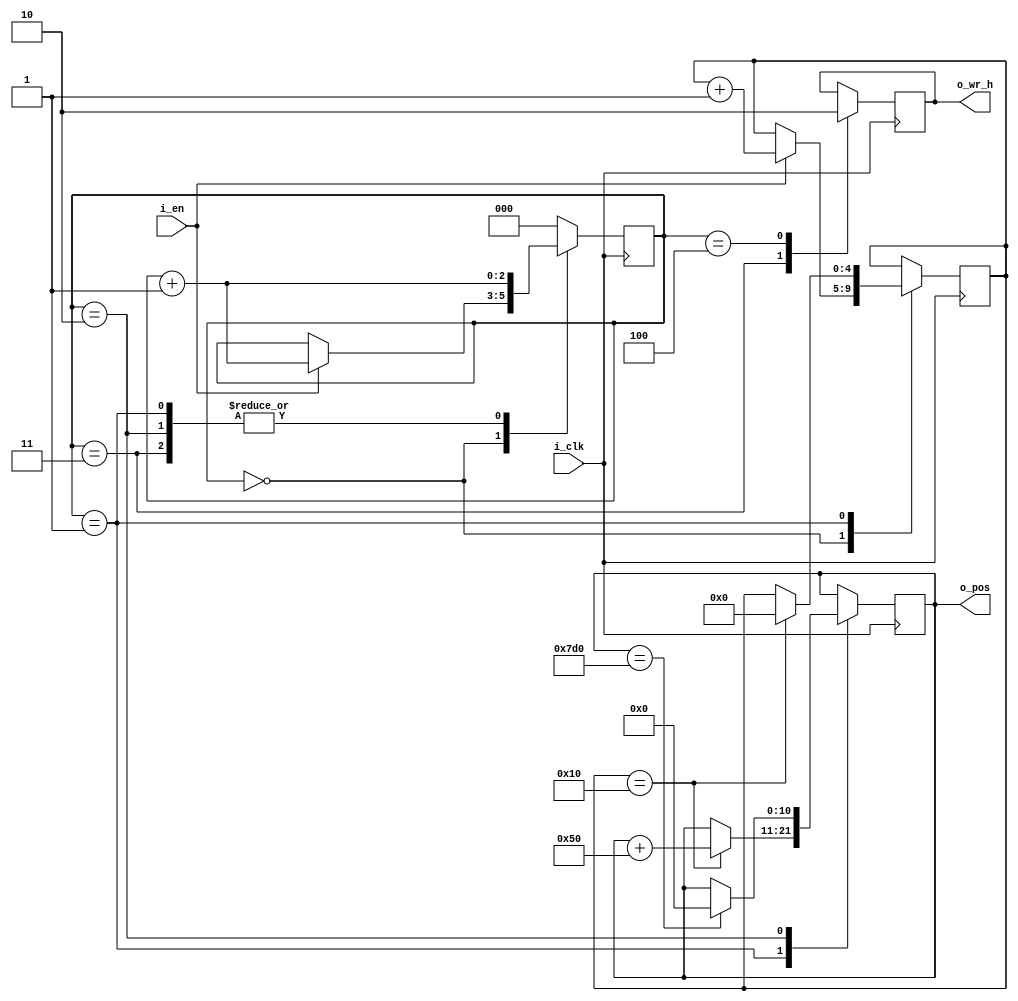
module vga_avt_read_vram 
#(
    parameter RES_X_MAX = 8'd80,
    parameter RES_Y_MAX = 8'd25
)
(
    input  wire        i_clk,
	input  wire        i_en,
	output reg         o_wr_h,
	output wire [10:0] o_pos
);

reg [2:0] st = 0;
reg [10:0] q = 0;
reg [4:0] c = 0;


always @(posedge i_clk)
begin
	case (st)
		0:
		begin
			if (i_en) begin
				c <= c + 1'b1;
				st <= st + 1'b1;
			end
		end
		
		1:
		begin
			
//`ifdef VGA80x25
// for VGA80x25 and VGA64x30
			if (c == 16) begin
//`endif
//`ifdef VGA64x30
//		      if (c == 16) begin
//`endif
//`ifdef VGA64x60
//		      if (c == 8) begin
//`endif
				
				c <= 0;
				q <= q + RES_X_MAX;
			end
            st <= st + 1'b1;
		end
		
		2:
		begin
			if (q == RES_X_MAX * RES_Y_MAX) begin // /* =14'd2400*/ 
                q <= 0;
            end
			st <= st + 1'b1;
		end
		
		3:
		begin
			o_wr_h <= 1;
			st <= st + 1'b1;
		end
		
		4:
		begin
    	    o_wr_h <= 0;
	        st <= 0;
	    end

        default: st <= 0;
	
	endcase
end
	
assign o_pos = q;
	
endmodule